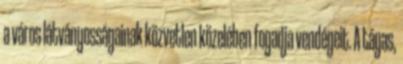
a város látványosságainak közvetlen közelében fogadja vendégeit. A tágas,